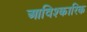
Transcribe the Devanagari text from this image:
आविश्कारिक